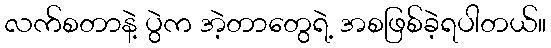
လက်စတာနဲ့ ပွဲက အဲ့တာတွေရဲ့ အစဖြစ်ခဲ့ရပါတယ်။